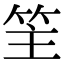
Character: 䇠